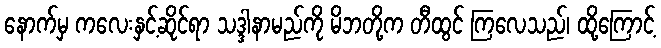
နောက်မှ ကလေးနှင့်ဆိုင်ရာ သဒ္ဒါနာမည်ကို မိဘတို့က တီထွင် ကြလေသည်၊ ထို့ကြောင့်